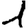
Digit: 1